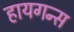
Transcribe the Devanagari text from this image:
हायगन्स